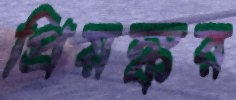
প্রিয়ঙ্কর